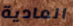
المادية